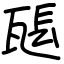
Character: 𤭖